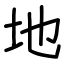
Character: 地